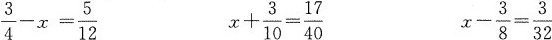
$$\frac{3}{4}-x= \frac{5}{12}$$ $$x+ \frac{3}{10}= \frac{17}{40}$$ $$x- \frac{3}{8}= \frac{3}{32}$$